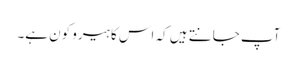
آپ جانتے ہیں کہ اس کا ہیرو کون ہے۔